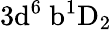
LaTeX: \mathrm{3d^{6}\ b^{1}D_{2}}